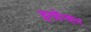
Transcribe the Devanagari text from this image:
इनवेन्शन